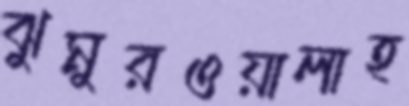
ঝুমুরওয়ালাহ